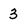
Character: 3